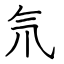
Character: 氘